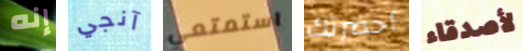
إنه آنجي استمتعي أحضرتك لأصدقاء